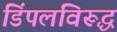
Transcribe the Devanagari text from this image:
डिंपलविरूद्ध